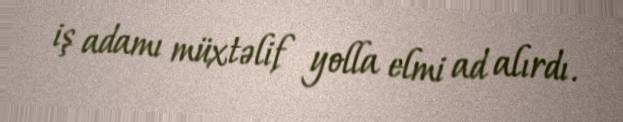
iş adamı müxtəlif yolla elmi ad alırdı.